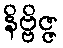
နိဗ္ဗိဇ္ဇ